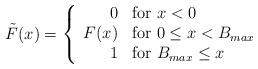
LaTeX: \begin{align*}\tilde{F}(x) = \left\{ \begin{array}{rl}0 & \mbox{for $x < 0$} \\F(x) & \mbox{for $0 \le x < B_{max}$ } \\1 & \mbox{for $B_{max} \le x$}\end{array} \right.\end{align*}